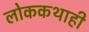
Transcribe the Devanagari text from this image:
लोककथाही